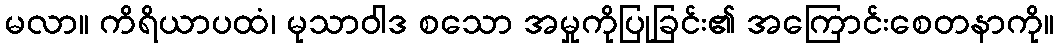
မလာ။ ကိရိယာပထံ၊ မုသာဝါဒ စသော အမှုကိုပြုခြင်း၏ အကြောင်းစေတနာကို။